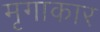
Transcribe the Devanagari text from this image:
मृगाकार